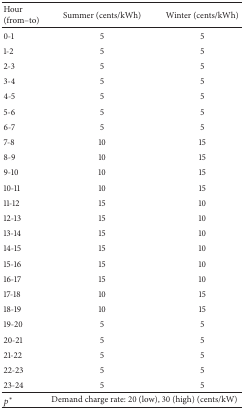
| Hour (from–to) | Summer (cents/kWh) | Winter (cents/kWh) |
 | --- | --- | --- |
 | 0-1 | 5 | 5 |
 | 1-2 | 5 | 5 |
 | 2-3 | 5 | 5 |
 | 3-4 | 5 | 5 |
 | 4-5 | 5 | 5 |
 | 5-6 | 5 | 5 |
 | 6-7 | 5 | 5 |
 | 7-8 | 10 | 15 |
 | 8-9 | 10 | 15 |
 | 9-10 | 10 | 15 |
 | 10-11 | 10 | 15 |
 | 11-12 | 15 | 10 |
 | 12-13 | 15 | 10 |
 | 13-14 | 15 | 10 |
 | 14-15 | 15 | 10 |
 | 15-16 | 15 | 10 |
 | 16-17 | 15 | 10 |
 | 17-18 | 10 | 15 |
 | 18-19 | 10 | 15 |
 | 19-20 | 5 | 5 |
 | 20-21 | 5 | 5 |
 | 21-22 | 5 | 5 |
 | 22-23 | 5 | 5 |
 | 23-24 | 5 | 5 |
 | p* | <COLSPAN=2> Demand charge rate: 20 (low), 30 (high) (cents/kW) |